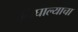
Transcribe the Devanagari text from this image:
निघाल्याचा